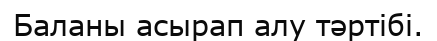
Баланы асырап алу тәртібі.